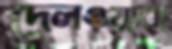
দেলওয়ারা